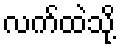
လက်ထဲသို့